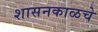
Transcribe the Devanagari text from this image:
शासनकाळचे